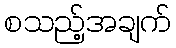
စသည့်အချက်